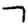
Digit: 7